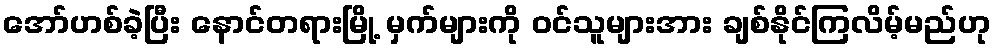
အော်ဟစ်ခဲ့ပြီး နောင်တရားမြို့ မှက်များကို ဝင်သူများအား ချစ်နိုင်ကြလိမ့်မည်ဟု